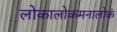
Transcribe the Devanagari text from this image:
लोकालोकमनालोकं